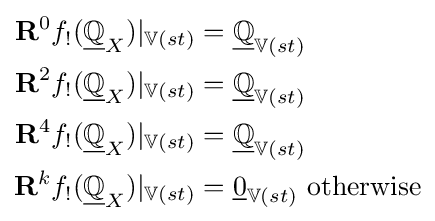
{\begin{aligned}\mathbf {R} ^{0}f_{!}({\underline {\mathbb {Q} }}_{X})|_{\mathbb {V} (st)}&={\underline {\mathbb {Q} }}_{\mathbb {V} (st)}\\\mathbf {R} ^{2}f_{!}({\underline {\mathbb {Q} }}_{X})|_{\mathbb {V} (st)}&={\underline {\mathbb {Q} }}_{\mathbb {V} (st)}\\\mathbf {R} ^{4}f_{!}({\underline {\mathbb {Q} }}_{X})|_{\mathbb {V} (st)}&={\underline {\mathbb {Q} }}_{\mathbb {V} (st)}\\\mathbf {R} ^{k}f_{!}({\underline {\mathbb {Q} }}_{X})|_{\mathbb {V} (st)}&={\underline {0}}_{\mathbb {V} (st)}{\text{ otherwise}}\end{aligned}}